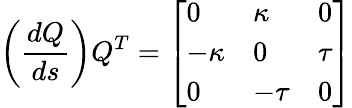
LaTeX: \left({\frac{dQ}{ds}}\right)Q^{T}=\left[{\begin{array}{lll}{0}&{\kappa}&{0}\\ {-\kappa}&{0}&{\tau}\\ {0}&{-\tau}&{0}\end{array}}\right]